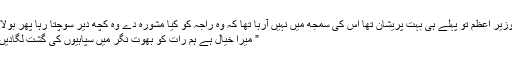
وزیر اعظم تو پہلے ہی بہت پریشان تھا اس کی سمجھ میں نہیں آرہا تھا کہ وہ راجہ کو کیا مشورہ دے وہ کچھ دیر سوچتا رہا پھر بولا:
” میرا خیال ہے ہم رات کو بھوت نگر میں سپاہیوں کی گشت لگادیں۔